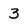
Character: 3